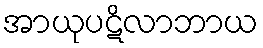
အာယုပဋိလာဘာယ